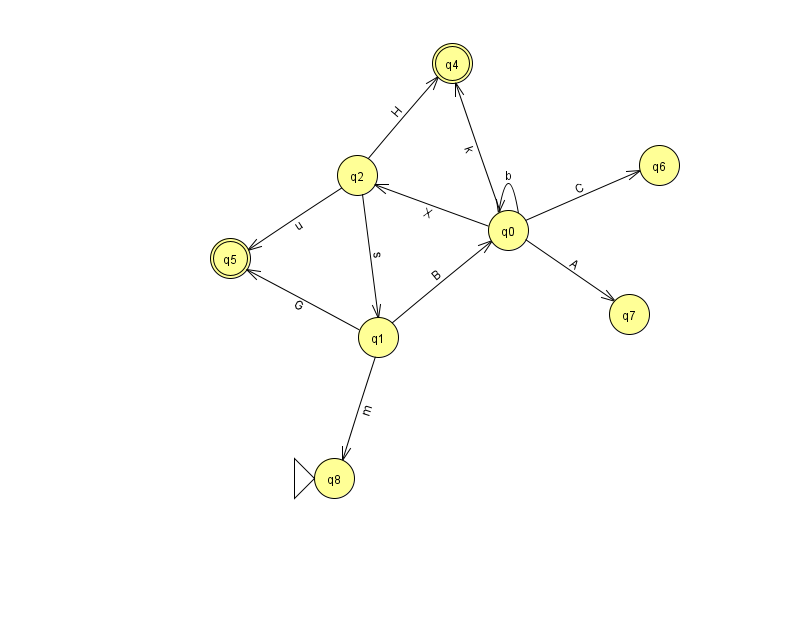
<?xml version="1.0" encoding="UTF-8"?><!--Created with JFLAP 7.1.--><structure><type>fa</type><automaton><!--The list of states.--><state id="0" name="q0"><x>508.0</x><y>217.0</y></state><state id="1" name="q1"><x>378.0</x><y>324.0</y></state><state id="2" name="q2"><x>357.0</x><y>162.0</y></state><state id="4" name="q4"><x>452.0</x><y>50.0</y><final/></state><state id="5" name="q5"><x>230.0</x><y>245.0</y><final/></state><state id="6" name="q6"><x>659.0</x><y>152.0</y></state><state id="7" name="q7"><x>629.0</x><y>301.0</y></state><state id="8" name="q8"><x>334.0</x><y>465.0</y><initial/></state><!--The list of transitions.--><transition><from>1</from><to>5</to><read>G</read></transition><transition><from>0</from><to>0</to><read>b</read></transition><transition><from>0</from><to>7</to><read>A</read></transition><transition><from>1</from><to>8</to><read>m</read></transition><transition><from>0</from><to>6</to><read>C</read></transition><transition><from>2</from><to>1</to><read>s</read></transition><transition><from>2</from><to>5</to><read>u</read></transition><transition><from>0</from><to>2</to><read>X</read></transition><transition><from>2</from><to>4</to><read>H</read></transition><transition><from>1</from><to>0</to><read>B</read></transition><transition><from>0</from><to>4</to><read>k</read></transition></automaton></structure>